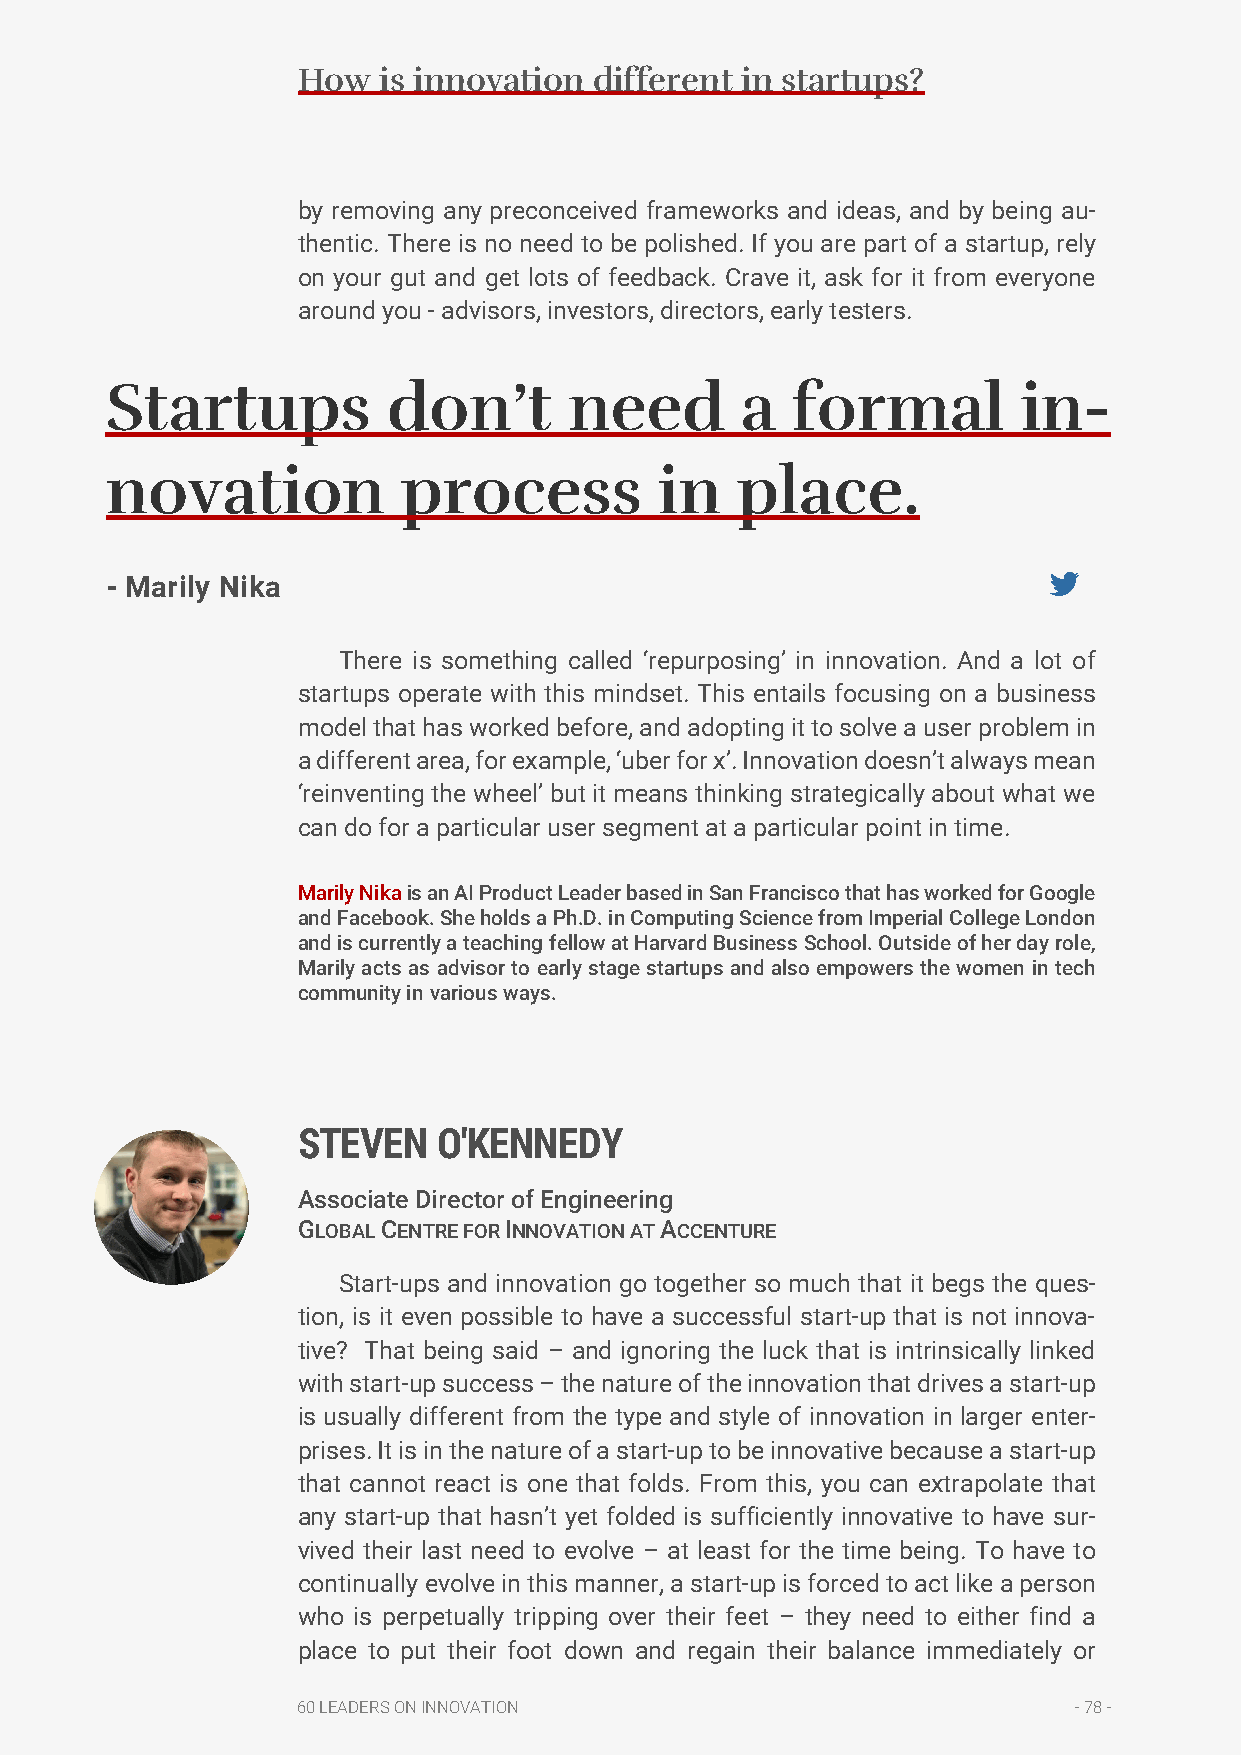
How  is innovation different in startups?
 by removing any preconceived frameworks and ideas, and by being au-
 thentic. There is no need to be polished. If you are part of a startup, rely
 on your gut and get lots of feedback. Crave it, ask for it from everyone
 around you - advisors, investors, directors, early testers.
 Startups           don’t       need       a  formal          in-
 novation            process          in   place.
 - Marily Nika
 There is something called ‘repurposing’ in innovation. And a lot of
 startups operate with this mindset. This entails focusing on a business
 model that has worked before, and adopting it to solve a user problem in
 a different area, for example, ‘uber for x’. Innovation doesn’t always mean
 ‘reinventing the wheel’ but it means thinking strategically about what we
 can do for a particular user segment at a particular point in time.
 Marily Nika is an AI Product Leader based in San Francisco that has worked for Google
 and Facebook. She holds a Ph.D. in Computing Science from Imperial College London
 and is currently a teaching fellow at Harvard Business School. Outside of her day role,
 Marily acts as advisor to early stage startups and also empowers the women in tech
 community in various ways.
 STEVEN   O'KENNEDY
 Associate Director of Engineering
 GLOBAL CENTRE FOR INNOVATION AT ACCENTURE
 Start-ups and innovation go together so much that it begs the ques-
 tion, is it even possible to have a successful start-up that is not innova-
 tive? That being said – and ignoring the luck that is intrinsically linked
 with start-up success – the nature of the innovation that drives a start-up
 is usually different from the type and style of innovation in larger enter-
 prises. It is in the nature of a start-up to be innovative because a start-up
 that cannot react is one that folds. From this, you can extrapolate that
 any start-up that hasn’t yet folded is sufficiently innovative to have sur-
 vived their last need to evolve – at least for the time being. To have to
 continually evolve in this manner, a start-up is forced to act like a person
 who is perpetually tripping over their feet – they need to either find a
 place to put their foot down and regain their balance immediately or
 60 LEADERS ON INNOVATION                           - 78 -